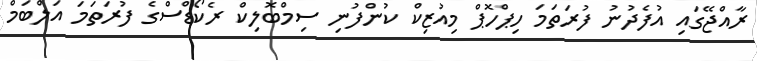
ރާއްޖޭގައި އުފެދުނު ފުރަތަމަ ހިޕްހޮޕް މިއުޒިކް ކުންފުނި ސިމްބޮލިކް ރެކޯޑްސްގެ ފުރަތަމަ އަލްބަމް